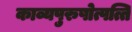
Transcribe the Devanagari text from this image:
काव्यपुरुषोत्पत्ति